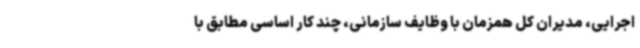
اجرایی، مدیران کل همزمان با وظایف سازمانی، چند کار اساسی مطابق با